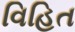
વિહિત